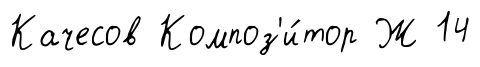
Качесов Композ'и́тор Ж 14